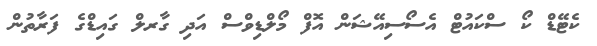
ކެޓޭޑް ކޯ ސްކައުޓް އެސޯސިއޭޝަން އޮފް މޯލްޑިވްސް އަދި ގާރލް ގައިޑްގެ ފަރާތުން